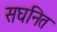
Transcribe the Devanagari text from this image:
सघनित